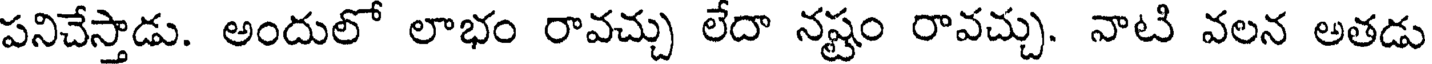
పనిచేస్తాడు. అందులో లాభం రావచ్చు లేదా నష్టం రావచ్చు. నాటి వలన అతడు